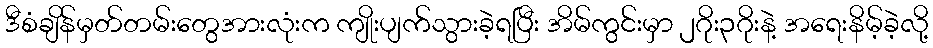
ဒီစံချိန်မှတ်တမ်းတွေအားလုံးက ကျိုးပျက်သွားခဲ့ရပြီး အိမ်ကွင်းမှာ ၂ဂိုး၃ဂိုးနဲ့ အရေးနိမ့်ခဲ့လို့